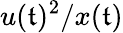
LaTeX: u(\mathfrak{t})^{2}/x(\mathfrak{t})